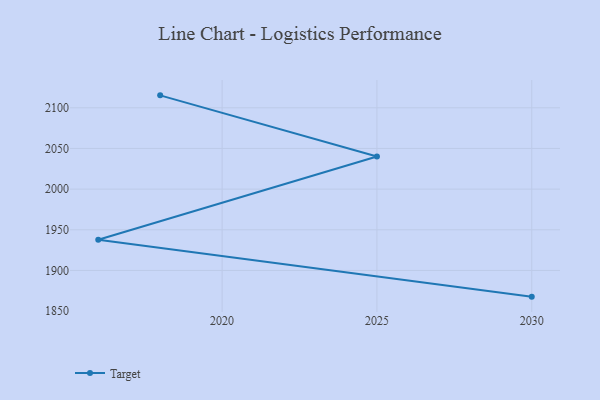
{"axis": {"x": "Year", "y": "Energy Usage (MWh)"}, "legend": ["Target"], "data": [{"x": "2018", "y": 2115.3, "type": "Target"}, {"x": "2025", "y": 2040.1, "type": "Target"}, {"x": "2016", "y": 1937.7, "type": "Target"}, {"x": "2030", "y": 1867.8, "type": "Target"}]}